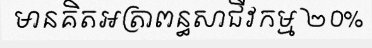
មានគិតអត្រាពន្ធសាជីវកម្ម ២០%